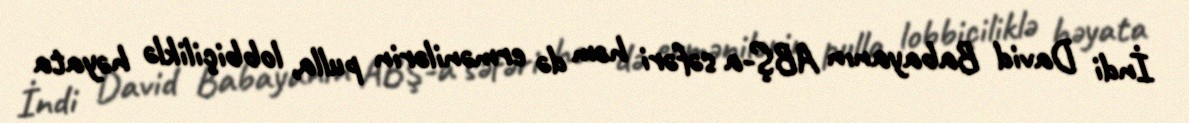
İndi David Babayanın ABŞ-a səfəri həm də ermənilərin pulla, lobbiçiliklə həyata